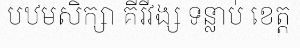
បឋមសិក្សា គីរីវង្ស ទន្លាប់ ខេត្ត